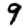
Digit: 9